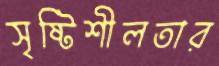
সৃষ্টিশীলতার